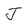
Character: J